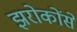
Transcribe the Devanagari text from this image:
झरोकोंसे